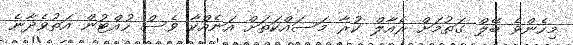
މިހެންވެ ބޭލް ގަތުމަށް ރެއާލް ކުރާ މަސައްކަތަށް އަނެއްކާ ވެސް ހުއްޓުން އަތުވެދާނެ